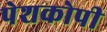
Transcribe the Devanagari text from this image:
पेशकोपी